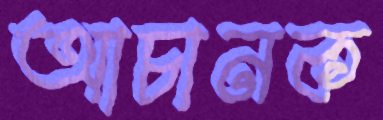
আচানক